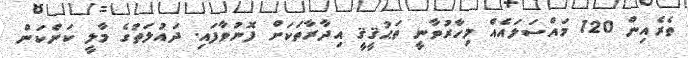
ތެރެއިން 120 މައްސަލައެއް މިހާރުވާނީ ތަޙުޤީޤީ އިދާރާތަކަށް ފޮނުވާފައި. ދައުލަތުގެ މާލީ ކަންކަން